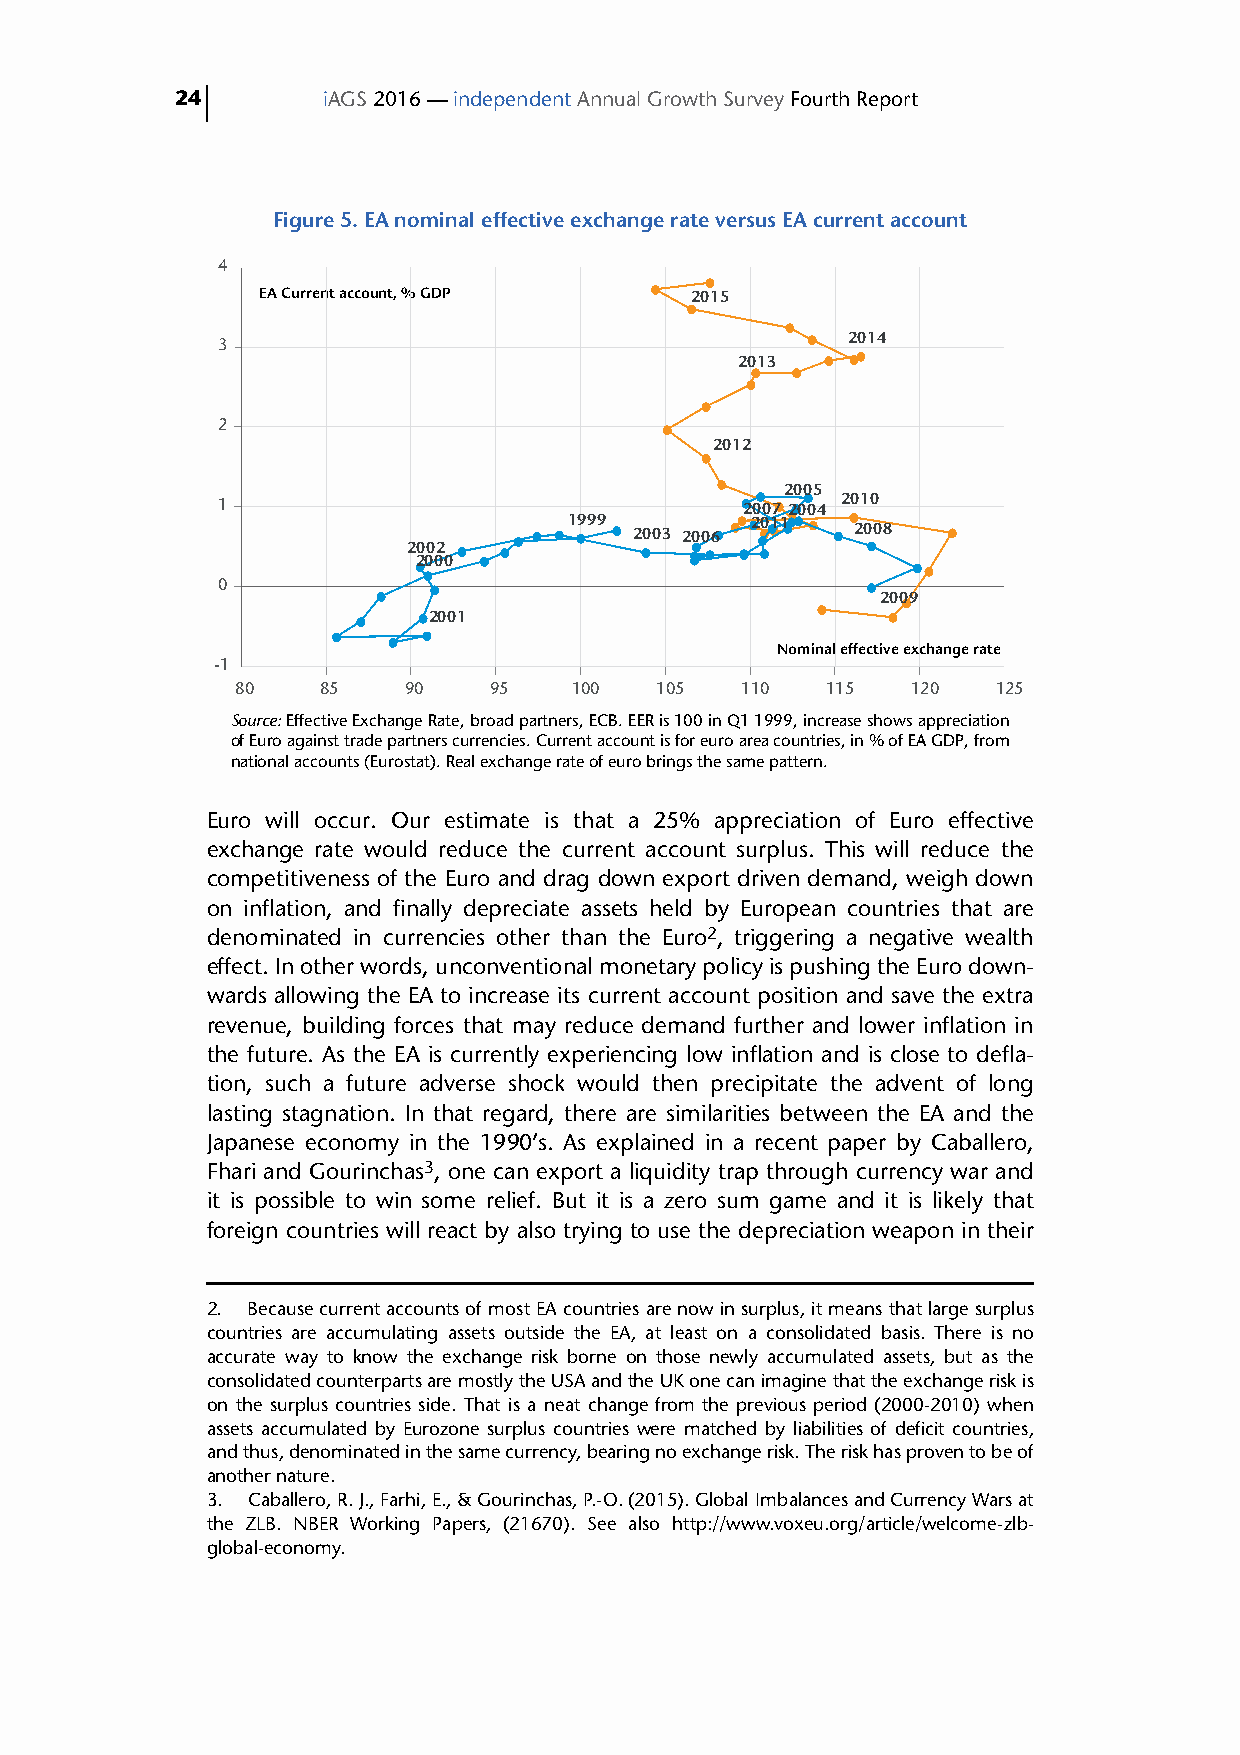
24       iAGS 2016 — independent Annual Growth Survey Fourth Report
 Figure 5. EA nominal effective exchange rate versus EA current account
 4
 EA Current account, % GDP    2015
 2014
 3
 2013
 2
 2012
 2005
 1                                  2007 2004 2010
 1999 2003 2006 2011 2008
 2002
 2000
 0
 2009
 2001
 Nominal effective exchange rate
 -1
 80   85    90   95    100  105   110   115  120   125
 Source: Effective Exchange Rate, broad partners, ECB. EER is 100 in Q1 1999, increase shows appreciation
 of Euro against trade partners currencies. Current account is for euro area countries, in % of EA GDP, from
 national accounts (Eurostat). Real exchange rate of euro brings the same pattern.
 Euro will occur. Our estimate is that a 25% appreciation of Euro effective
 exchange rate would reduce the current account surplus. This will reduce the
 competitiveness of the Euro and drag down export driven demand, weigh down
 on inflation, and finally depreciate assets held by European countries that are
 denominated in currencies other than the Euro2, triggering a negative wealth
 effect. In other words, unconventional monetary policy is pushing the Euro down-
 wards allowing the EA to increase its current account position and save the extra
 revenue, building forces that may reduce demand further and lower inflation in
 the future. As the EA is currently experiencing low inflation and is close to defla-
 tion, such a future adverse shock would then precipitate the advent of long
 lasting stagnation. In that regard, there are similarities between the EA and the
 Japanese economy in the 1990’s. As explained in a recent paper by Caballero,
 Fhari and Gourinchas3, one can export a liquidity trap through currency war and
 it is possible to win some relief. But it is a zero sum game and it is likely that
 foreign countries will react by also trying to use the depreciation weapon in their
 2. Because current accounts of most EA countries are now in surplus, it means that large surplus
 countries are accumulating assets outside the EA, at least on a consolidated basis. There is no
 accurate way to know the exchange risk borne on those newly accumulated assets, but as the
 consolidated counterparts are mostly the USA and the UK one can imagine that the exchange risk is
 on the surplus countries side. That is a neat change from the previous period (2000-2010) when
 assets accumulated by Eurozone surplus countries were matched by liabilities of deficit countries,
 and thus, denominated in the same currency, bearing no exchange risk. The risk has proven to be of
 another nature.
 3. Caballero, R. J., Farhi, E., & Gourinchas, P.-O. (2015). Global Imbalances and Currency Wars at
 the ZLB. NBER Working Papers, (21670). See also http://www.voxeu.org/article/welcome-zlb-
 global-economy.